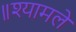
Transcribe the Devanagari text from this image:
॥श्यामले